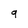
Character: 9